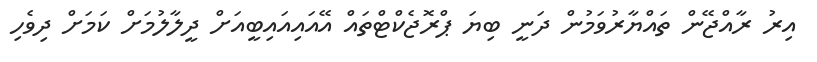
އިރު ރާއްޖޭން ތައްޔާރުވަމުން ދަނީ ބިޔަ ޕްރޮޖެކްޓްތައް އޭއައިއައިބީއަށް ދީލާލުމަށް ކަމަށް ދިވެހި